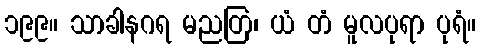
၁၉၉။ သာခါနဂရ မညတြ၊ ယံ တံ မူလပုရာ ပုရံ။